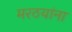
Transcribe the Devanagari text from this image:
मरठयांना